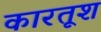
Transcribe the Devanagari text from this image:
कारतूश